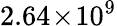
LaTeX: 2.64\! \times\! 10^{9}